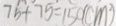
7 5 + 7 5 = 1 5 0 ( c m ^ { 2 } )